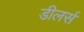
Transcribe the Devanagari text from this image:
डीलर्स